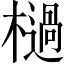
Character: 檛